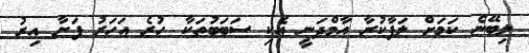
ލިބޭނެ ކަމަށް ލަފާކުރާ އާމްދަނީ އެކި ސަބަބުތަކާ ހުރެ އަހަރު ފަށާ އިރު